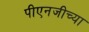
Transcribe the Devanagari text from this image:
पीएनजीच्या